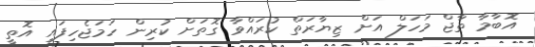
އޮބާމާ ތާޖް މަހަލް އަށް ޒިޔާރަތް ކުރައްވާ ގޮތަށް ކުރިން ހަމަޖެހިފައި އޮތީ